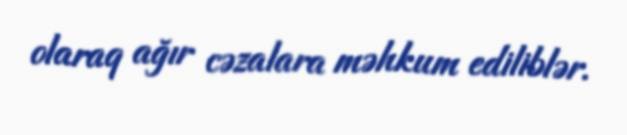
olaraq ağır cəzalara məhkum ediliblər.